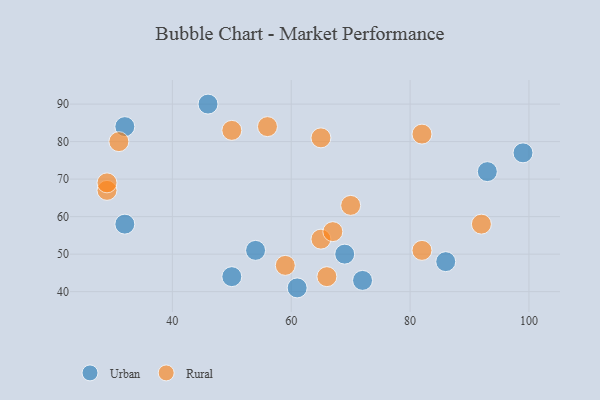
{"axis": {"x": "GDP", "y": "Life Expectancy"}, "legend": ["Rural", "Urban"], "data": [{"x": "32", "y": 84, "type": "Urban"}, {"x": "54", "y": 51, "type": "Urban"}, {"x": "72", "y": 43, "type": "Urban"}, {"x": "61", "y": 41, "type": "Urban"}, {"x": "99", "y": 77, "type": "Urban"}, {"x": "69", "y": 50, "type": "Urban"}, {"x": "93", "y": 72, "type": "Urban"}, {"x": "86", "y": 48, "type": "Urban"}, {"x": "32", "y": 58, "type": "Urban"}, {"x": "46", "y": 90, "type": "Urban"}, {"x": "50", "y": 44, "type": "Urban"}, {"x": "50", "y": 83, "type": "Rural"}, {"x": "66", "y": 44, "type": "Rural"}, {"x": "31", "y": 80, "type": "Rural"}, {"x": "29", "y": 67, "type": "Rural"}, {"x": "65", "y": 54, "type": "Rural"}, {"x": "29", "y": 69, "type": "Rural"}, {"x": "67", "y": 56, "type": "Rural"}, {"x": "70", "y": 63, "type": "Rural"}, {"x": "82", "y": 51, "type": "Rural"}, {"x": "92", "y": 58, "type": "Rural"}, {"x": "65", "y": 81, "type": "Rural"}, {"x": "82", "y": 82, "type": "Rural"}, {"x": "56", "y": 84, "type": "Rural"}, {"x": "59", "y": 47, "type": "Rural"}]}